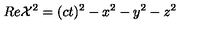
R e { \cal X } ^ { 2 } = ( c t ) ^ { 2 } - x ^ { 2 } - y ^ { 2 } - z ^ { 2 }